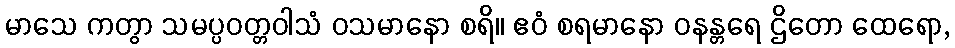
မာသေ ကတွာ သမပ္ပဝတ္တဝါသံ ဝသမာနော စရိ။ ဧဝံ စရမာနော ဝနန္တရေ ဌိတော ထေရော,